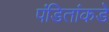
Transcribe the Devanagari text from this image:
पंडितांकडे